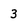
Character: 3